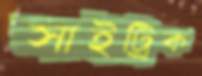
সাইট্রিক